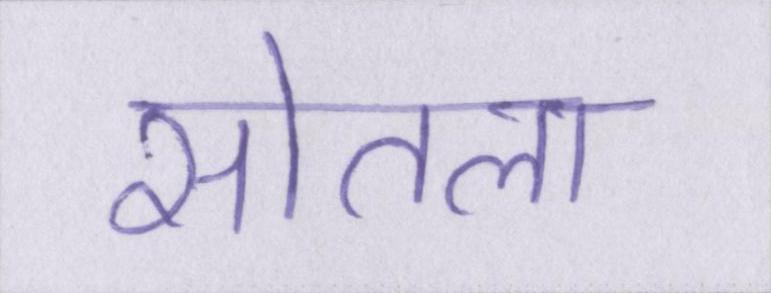
सोतला